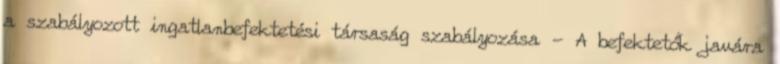
a szabályozott ingatlanbefektetési társaság szabályozása - A befektetők javára